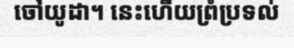
ចៅយូដា។ នេះហើយព្រំប្រទល់